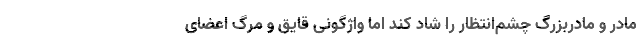
مادر و مادربزرگ چشم‌انتظار را شاد کند اما واژگونی قایق و مرگ اعضای